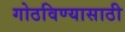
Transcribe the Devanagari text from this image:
गोठविण्यासाठी